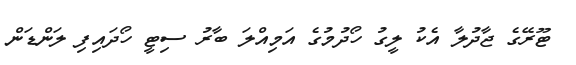
ޓޫރޭގެ ޖާދުލާ އެކު ލީގު ހޯދުމުގެ އަމިއްލަ ބާރު ސިޓީ ހޯދައިފި ލަންޑަން